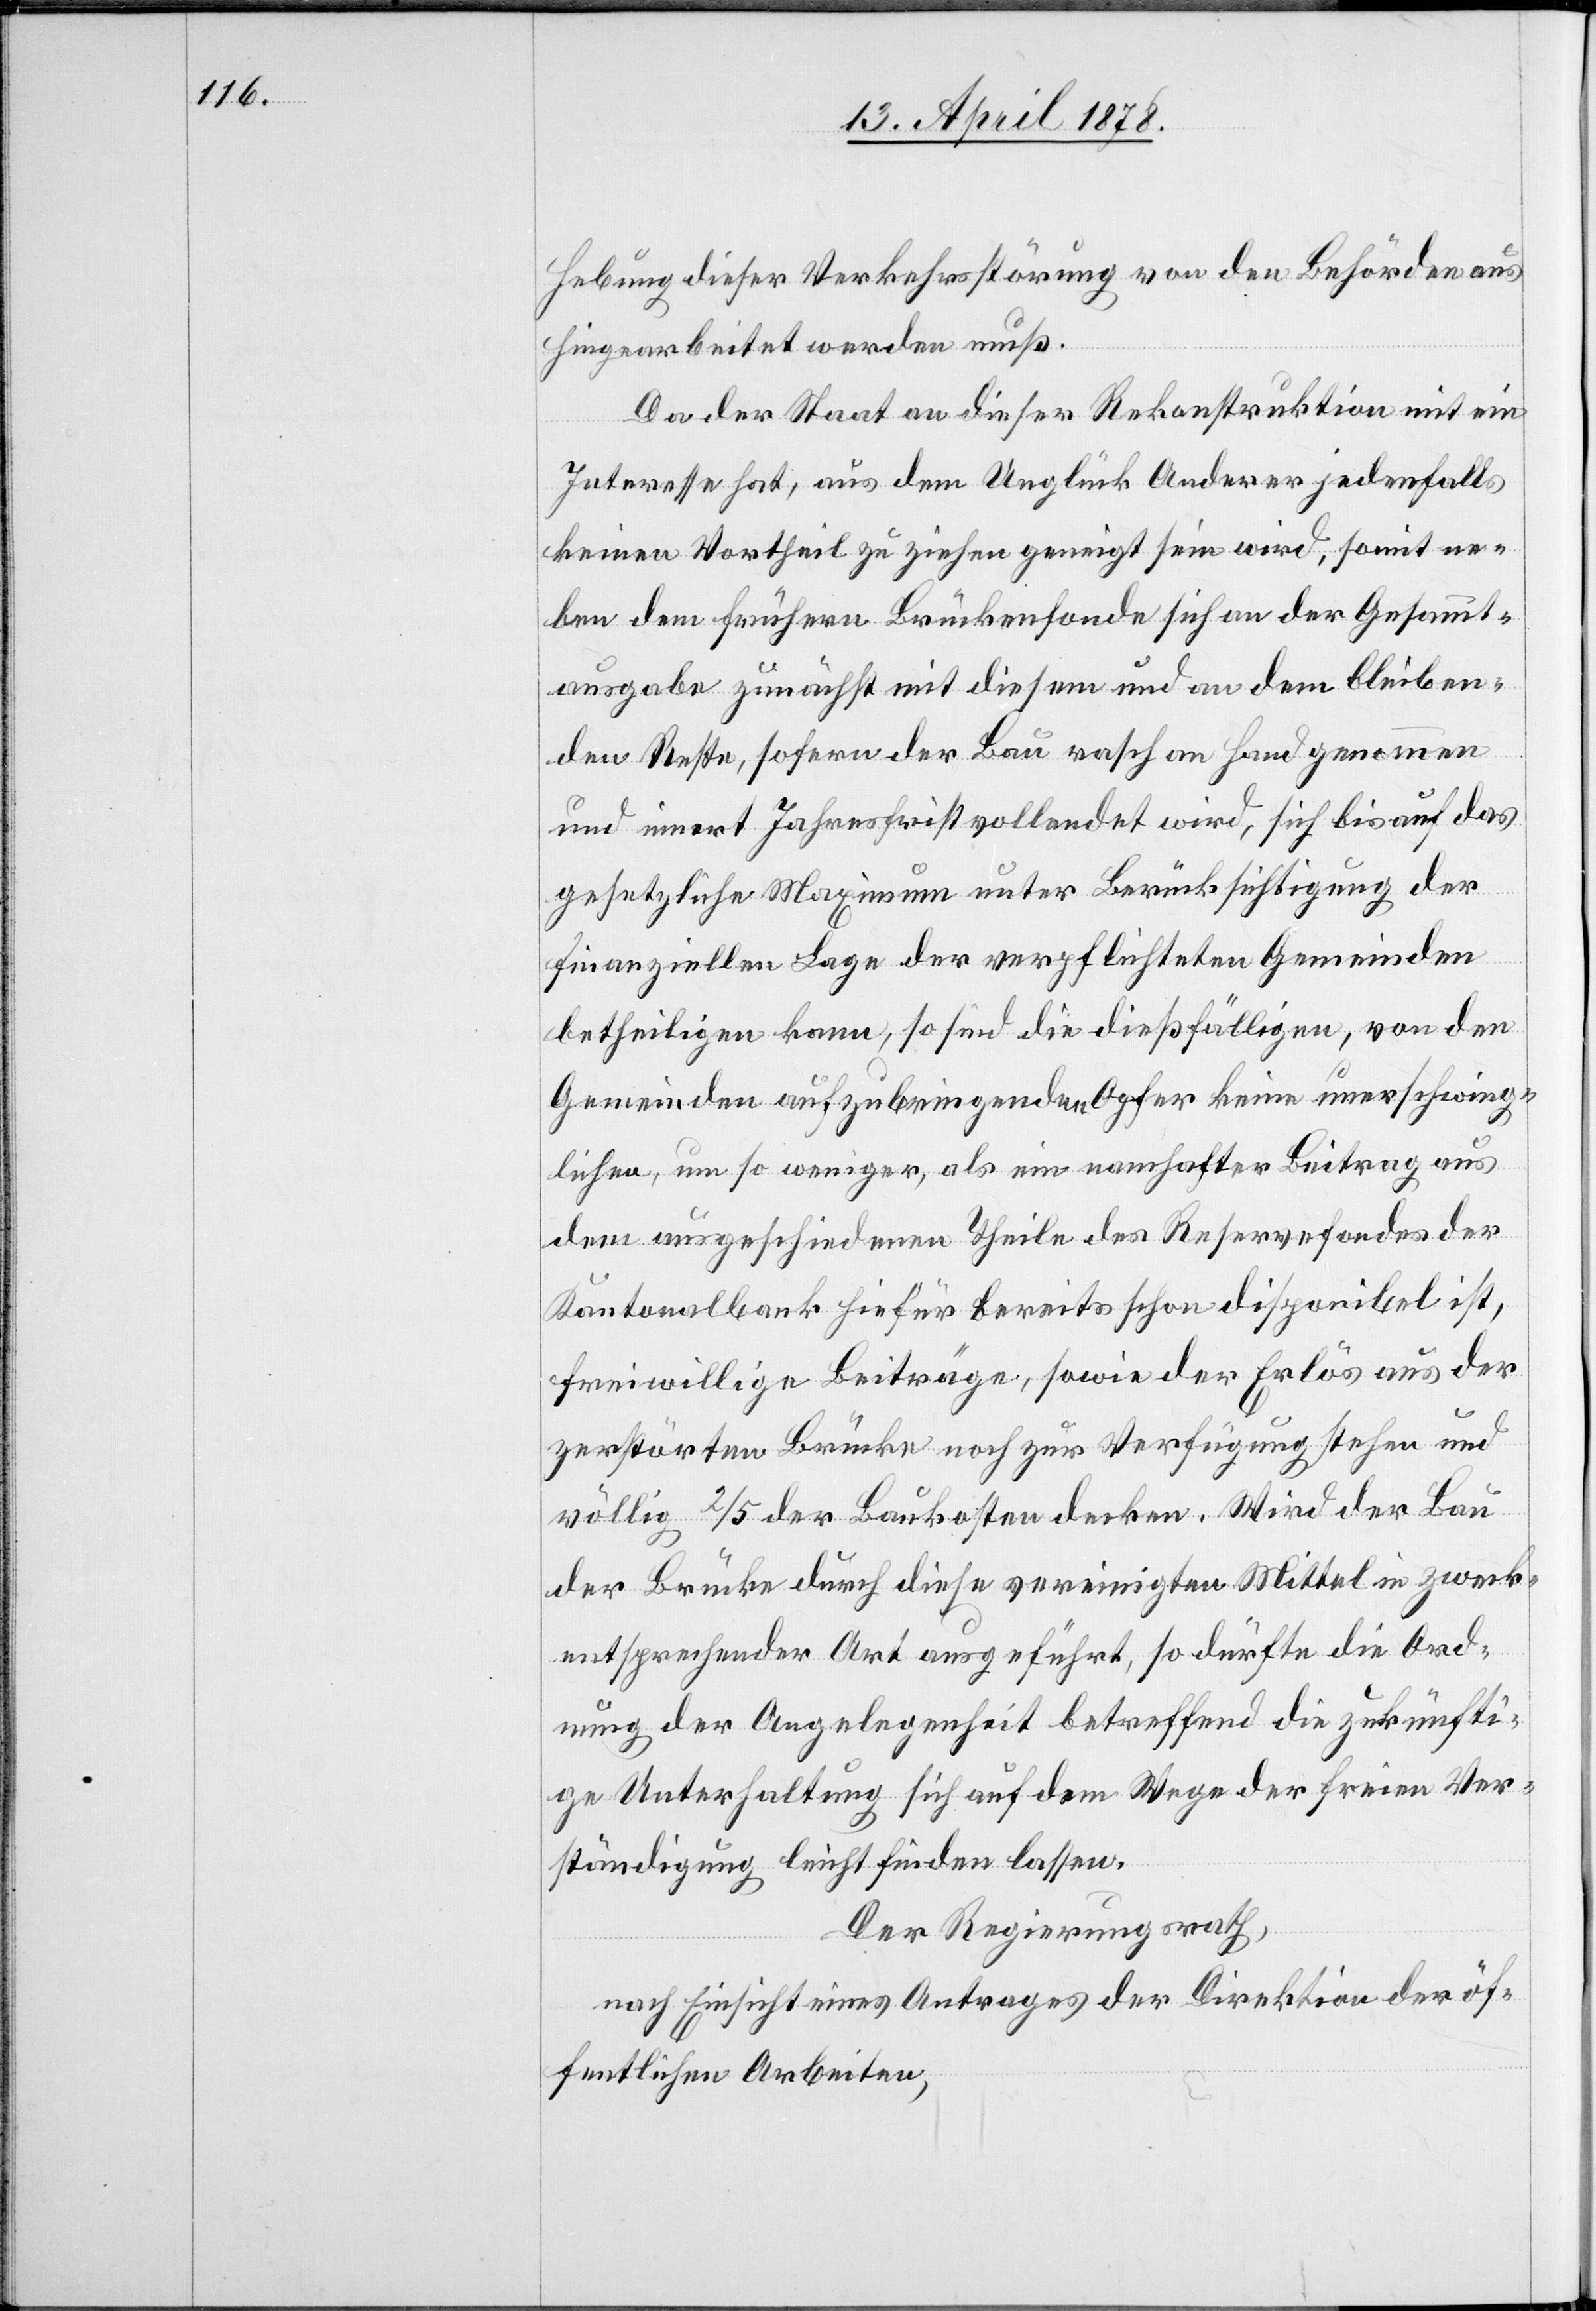
Hebung dieser Verkehrsstörung von den Behörden aus¬
hingearbeitet werden muß.
Da der Staat an dieser Rekonstruktion mit ein
Interesse hat, aus dem Unglück Anderer jedenfalls
keinen Vortheil zu ziehen geneigt sein wird, somit ne¬
ben dem frühern Brückenfonde sich an der Gesammt¬
ausgabe zunächst mit diesem und an dem bleiben¬
den Reste, sofern der Bau rasch an Hand genommen
und innert Jahresfrist vollendet wird, sich bis auf das
gesetzliche Maximum unter Berücksichtigung der
finanziellen Lage der verpflichteten Gemeinden
betheiligen kann, so sind die dießfälligen, von den
Gemeinden aufzubringenden Opfer keine unerschwing¬
lichen, um so weniger, als ein namhafter Beitrag aus
dem ausgeschiedenen Theile des Reservefondes der
Kantonalbank hiefür bereits schon disponibel ist,
freiwillige Beiträge, sowie der Erlös aus der
zerstörten Brücke noch zur Verfügung stehen und
völlig 2/5 der Baukosten decken. Wird der Bau
der Brücke durch diese vereinigten Mittel in zweck¬
entsprechender Art ausgeführt, so dürfte die Ord¬
nung der Angelegenheit betreffend die zukünfti¬
ge Unterhaltung sich auf dem Wege der freien Ver¬
ständigung leicht finden lassen.
Der Regierungsrath,
nach Einsicht eines Antrages der Direktion der öf¬
fentlichen Arbeiten,